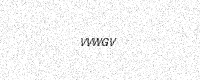
Text: VVWGV